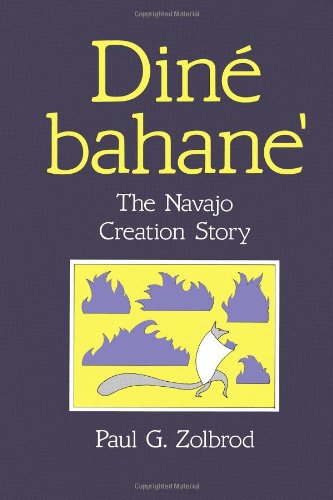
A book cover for DinÃ© Bahane': The Navajo Creation Story; Paul G. Zolbrod; Literature & Fiction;